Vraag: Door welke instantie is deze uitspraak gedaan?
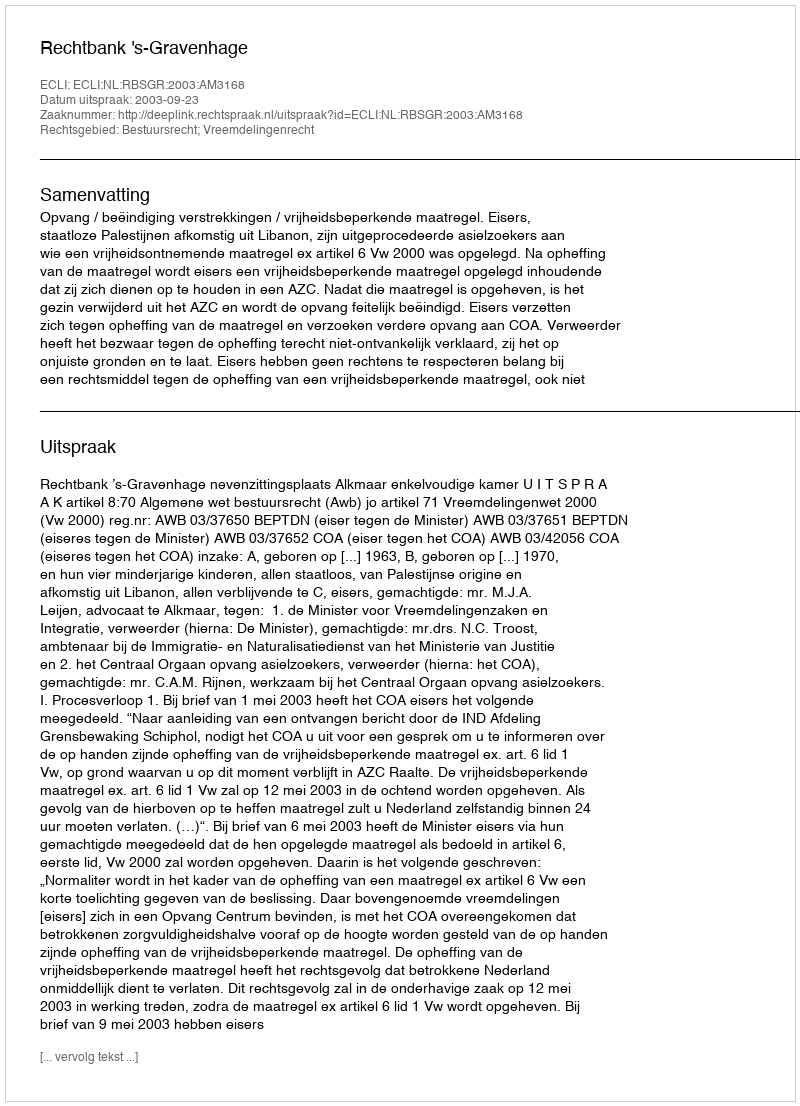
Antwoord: Rechtbank 's-Gravenhage